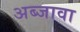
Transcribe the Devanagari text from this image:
अब्जावा